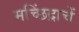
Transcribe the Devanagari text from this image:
मच्छिंद्राचें